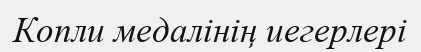
Копли медалінің иегерлері